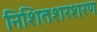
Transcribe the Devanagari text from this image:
निशितशरशरण